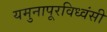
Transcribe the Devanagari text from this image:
यमुनापूरविध्वंसी